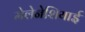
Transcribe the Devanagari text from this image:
मेलेनेशियाई